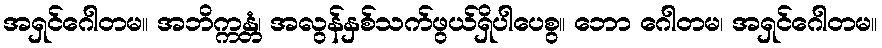
အရှင်ဂေါတမ။ အဘိက္ကန္တံ၊ အလွန်နှစ်သက်ဖွယ်ရှိပါပေစွ။ ဘော ဂေါတမ၊ အရှင်ဂေါတမ။